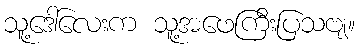
သူ့ဒေါ်လေးက သူ့အဖေကြီးပြသဗျ။